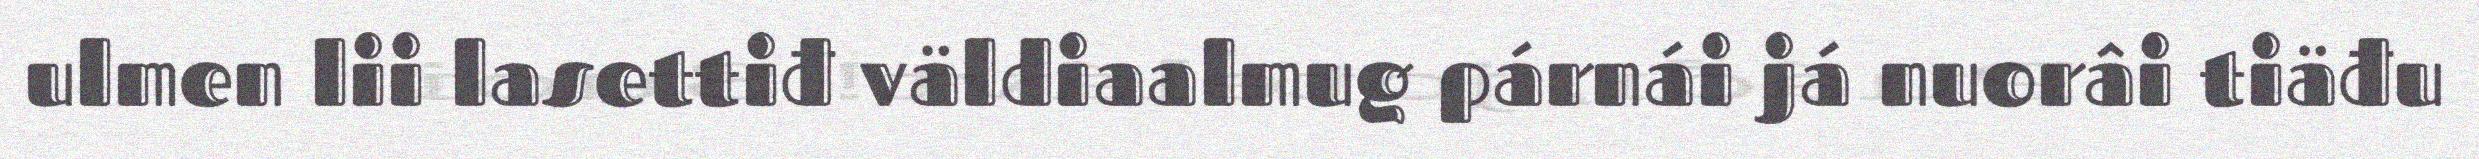
ulmen lii lasettiđ väldiaalmug párnái já nuorâi tiäđu